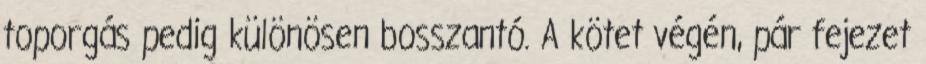
toporgás pedig különösen bosszantó. A kötet végén, pár fejezet